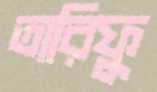
তারিফু